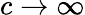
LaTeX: c\to\infty